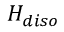
H _ { d i s o }